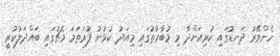
ހެންވޭރު ދަނޑުގައި ކުރިއަށްދާ މި މުބާރާތުގައި މިއަދު ކުޅުނު ފުރަތަމަ މެޗުގައި ބައްދަލުކުރީ